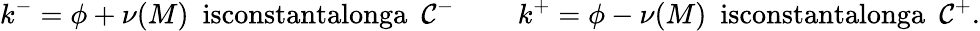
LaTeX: k^{-}=\phi+\nu(M)~~\textrm{isconstantalonga}~~{\cal C}^{-}~~~~~~~~~k^{+}=\phi-\nu(M)~~\textrm{isconstantalonga}~~{\cal C}^{+}.